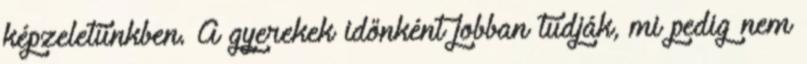
képzeletünkben. A gyerekek időnként jobban tudják, mi pedig nem